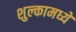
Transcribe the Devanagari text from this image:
शुल्कामध्ये